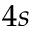
4 s